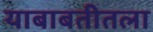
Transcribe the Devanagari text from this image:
याबाबतीतला